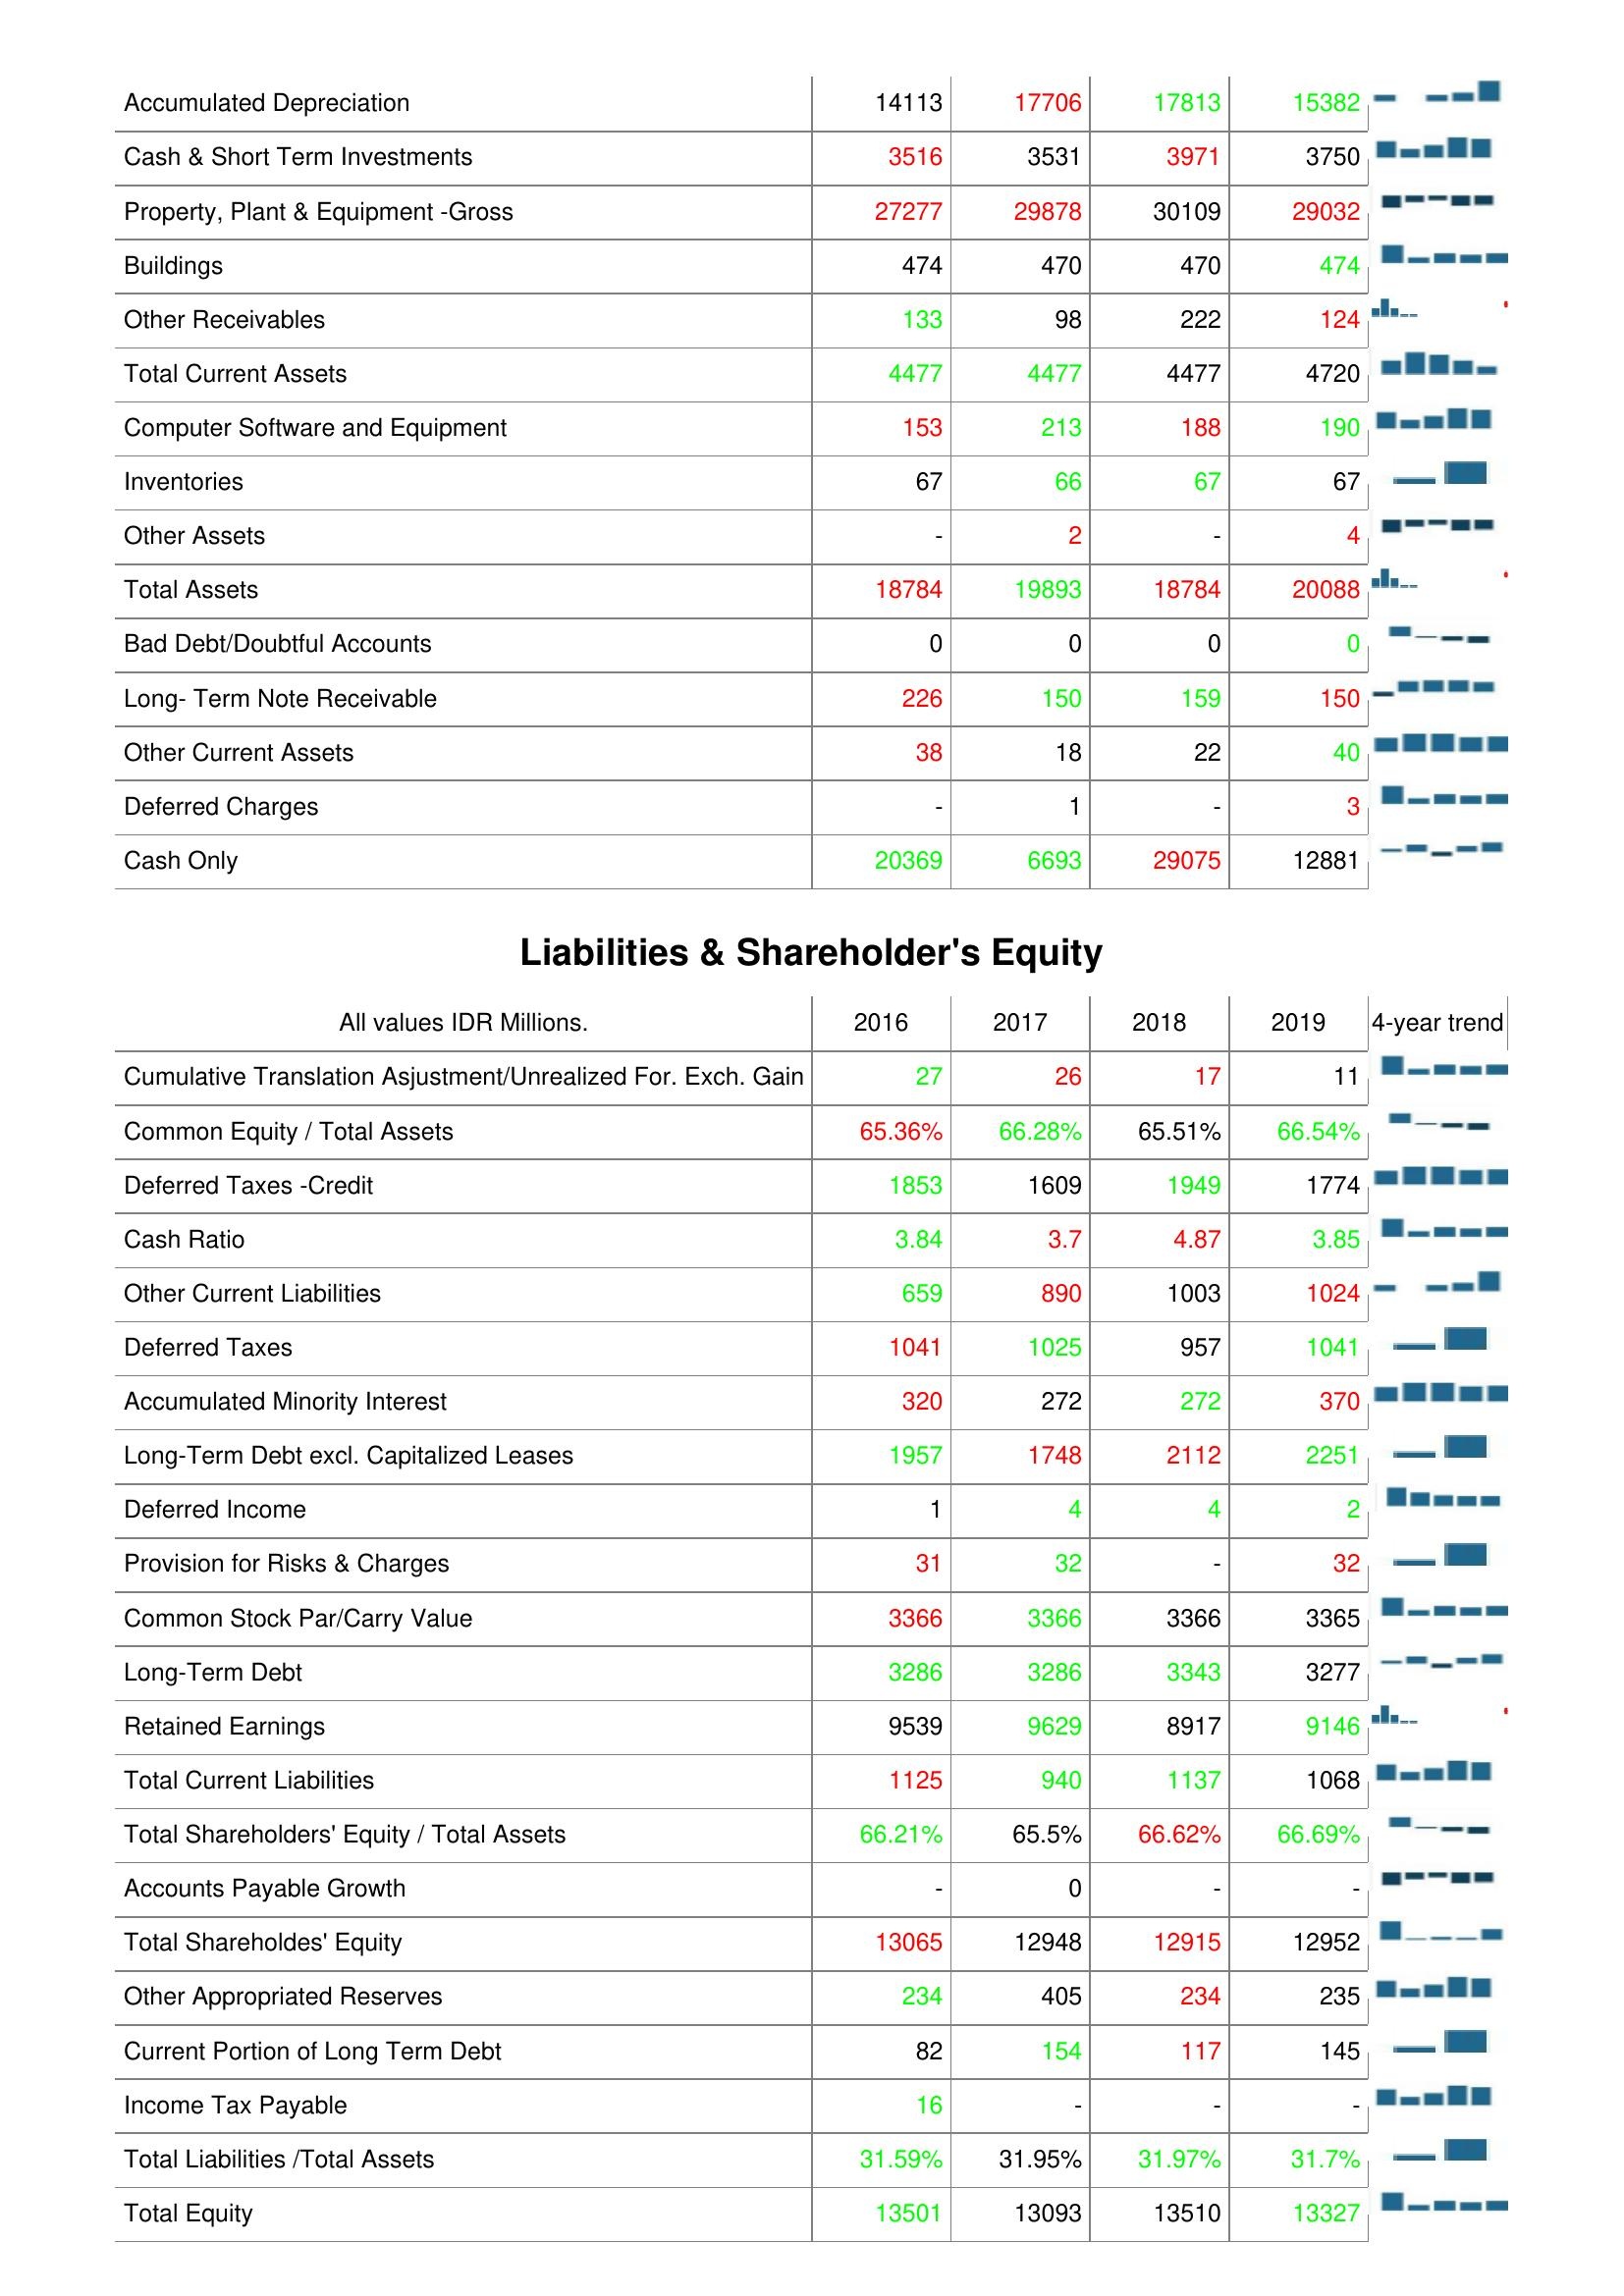
2016: Assets: Accumulated Depreciation: 14113
Cash & Short Term Investments: 3516
Property, Plant & Equipment -Gross: 27277
Buildings: 474
Other Receivables: 133
Total Current Assets: 4477
Computer Software and Equipment: 153
Inventories: 67
Other Assets: -
Total Assets: 18784
Bad Debt/Doubtful Accounts: 0
Long- Term Note Receivable: 226
Other Current Assets: 38
Deferred Charges: -
Cash Only: 20369
Liabilities & Shareholder's Equity: Cumulative Translation Asjustment/Unrealized For. Exch. Gain: 27
Common Equity / Total Assets: 65.36%
Deferred Taxes -Credit: 1853
Cash Ratio: 3.84
Other Current Liabilities: 659
Deferred Taxes: 1041
Accumulated Minority Interest: 320
Long-Term Debt excl. Capitalized Leases: 1957
Deferred Income: 1
Provision for Risks & Charges: 31
Common Stock Par/Carry Value: 3366
Long-Term Debt: 3286
Retained Earnings: 9539
Total Current Liabilities: 1125
Total Shareholders' Equity / Total Assets: 66.21%
Accounts Payable Growth: -
Total Shareholdes' Equity: 13065
Other Appropriated Reserves: 234
Current Portion of Long Term Debt: 82
Income Tax Payable: 16
Total Liabilities /Total Assets: 31.59%
Total Equity: 13501
2017: Assets: Accumulated Depreciation: 17706
Cash & Short Term Investments: 3531
Property, Plant & Equipment -Gross: 29878
Buildings: 470
Other Receivables: 98
Total Current Assets: 4477
Computer Software and Equipment: 213
Inventories: 66
Other Assets: 2
Total Assets: 19893
Bad Debt/Doubtful Accounts: 0
Long- Term Note Receivable: 150
Other Current Assets: 18
Deferred Charges: 1
Cash Only: 6693
Liabilities & Shareholder's Equity: Cumulative Translation Asjustment/Unrealized For. Exch. Gain: 26
Common Equity / Total Assets: 66.28%
Deferred Taxes -Credit: 1609
Cash Ratio: 3.7
Other Current Liabilities: 890
Deferred Taxes: 1025
Accumulated Minority Interest: 272
Long-Term Debt excl. Capitalized Leases: 1748
Deferred Income: 4
Provision for Risks & Charges: 32
Common Stock Par/Carry Value: 3366
Long-Term Debt: 3286
Retained Earnings: 9629
Total Current Liabilities: 940
Total Shareholders' Equity / Total Assets: 65.5%
Accounts Payable Growth: 0
Total Shareholdes' Equity: 12948
Other Appropriated Reserves: 405
Current Portion of Long Term Debt: 154
Income Tax Payable: -
Total Liabilities /Total Assets: 31.95%
Total Equity: 13093
2018: Assets: Accumulated Depreciation: 17813
Cash & Short Term Investments: 3971
Property, Plant & Equipment -Gross: 30109
Buildings: 470
Other Receivables: 222
Total Current Assets: 4477
Computer Software and Equipment: 188
Inventories: 67
Other Assets: -
Total Assets: 18784
Bad Debt/Doubtful Accounts: 0
Long- Term Note Receivable: 159
Other Current Assets: 22
Deferred Charges: -
Cash Only: 29075
Liabilities & Shareholder's Equity: Cumulative Translation Asjustment/Unrealized For. Exch. Gain: 17
Common Equity / Total Assets: 65.51%
Deferred Taxes -Credit: 1949
Cash Ratio: 4.87
Other Current Liabilities: 1003
Deferred Taxes: 957
Accumulated Minority Interest: 272
Long-Term Debt excl. Capitalized Leases: 2112
Deferred Income: 4
Provision for Risks & Charges: -
Common Stock Par/Carry Value: 3366
Long-Term Debt: 3343
Retained Earnings: 8917
Total Current Liabilities: 1137
Total Shareholders' Equity / Total Assets: 66.62%
Accounts Payable Growth: -
Total Shareholdes' Equity: 12915
Other Appropriated Reserves: 234
Current Portion of Long Term Debt: 117
Income Tax Payable: -
Total Liabilities /Total Assets: 31.97%
Total Equity: 13510
2019: Assets: Accumulated Depreciation: 15382
Cash & Short Term Investments: 3750
Property, Plant & Equipment -Gross: 29032
Buildings: 474
Other Receivables: 124
Total Current Assets: 4720
Computer Software and Equipment: 190
Inventories: 67
Other Assets: 4
Total Assets: 20088
Bad Debt/Doubtful Accounts: 0
Long- Term Note Receivable: 150
Other Current Assets: 40
Deferred Charges: 3
Cash Only: 12881
Liabilities & Shareholder's Equity: Cumulative Translation Asjustment/Unrealized For. Exch. Gain: 11
Common Equity / Total Assets: 66.54%
Deferred Taxes -Credit: 1774
Cash Ratio: 3.85
Other Current Liabilities: 1024
Deferred Taxes: 1041
Accumulated Minority Interest: 370
Long-Term Debt excl. Capitalized Leases: 2251
Deferred Income: 2
Provision for Risks & Charges: 32
Common Stock Par/Carry Value: 3365
Long-Term Debt: 3277
Retained Earnings: 9146
Total Current Liabilities: 1068
Total Shareholders' Equity / Total Assets: 66.69%
Accounts Payable Growth: -
Total Shareholdes' Equity: 12952
Other Appropriated Reserves: 235
Current Portion of Long Term Debt: 145
Income Tax Payable: -
Total Liabilities /Total Assets: 31.7%
Total Equity: 13327